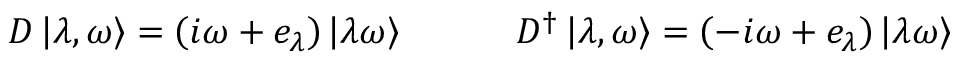
D \left| \lambda , \omega \right\rangle = \left( i \omega + e _ { \lambda } \right) \left| \lambda \omega \right\rangle \quad \quad \quad D ^ { \dagger } \left| \lambda , \omega \right\rangle = \left( - i \omega + e _ { \lambda } \right) \left| \lambda \omega \right\rangle